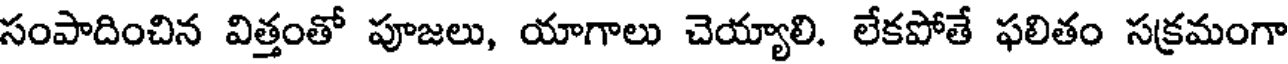
సంపాదించిన విత్తంతో పూజలు, యాగాలు చెయ్యాలి. లేకపోతే ఫలితం సక్రమంగా